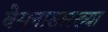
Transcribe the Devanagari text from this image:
बेसनासारख्या